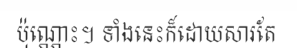
ប៉ុណ្ណោះ។ ទាំងនេះក៏ដោយសារតែ